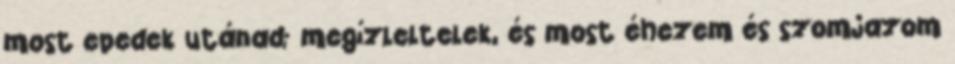
most epedek utánad; megízleltelek, és most éhezem és szomjazom